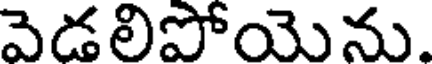
వెడలిపోయెను.